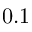
0 . 1